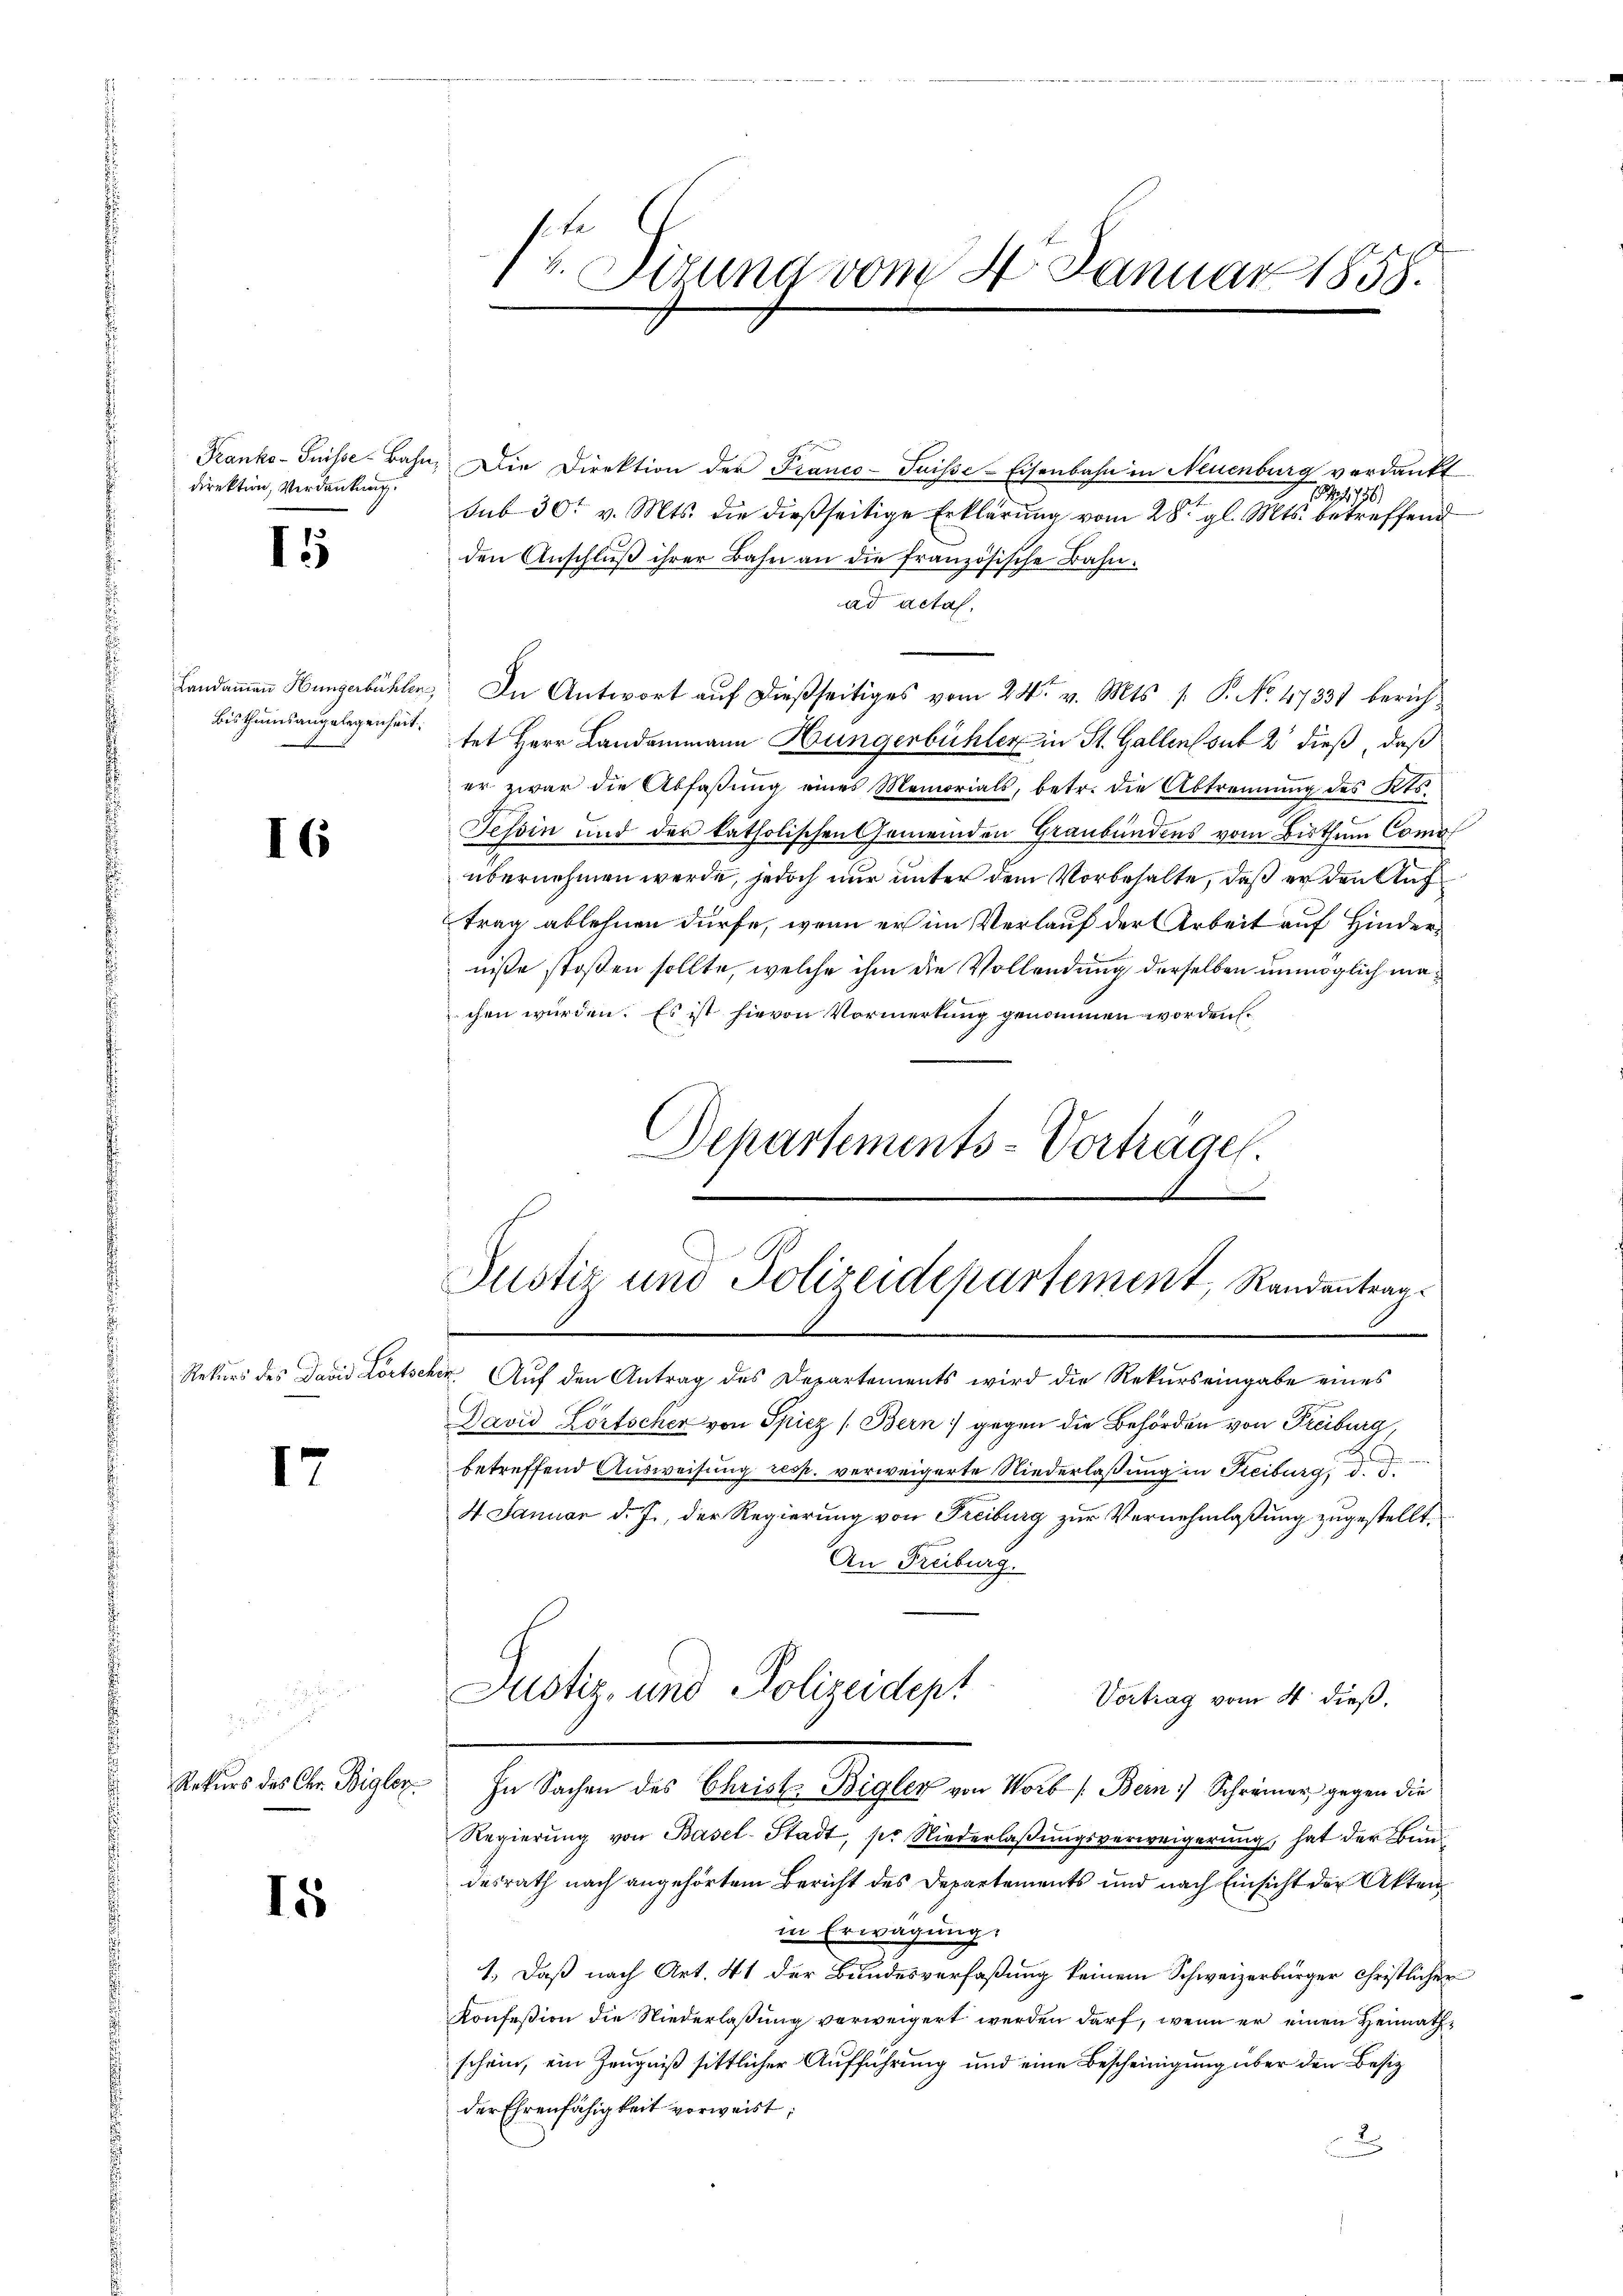
direktion, Verdankung.

I

Bisthumsangelegenheit.

I6

17

15

1 v. Sirung vom 4. Januar 1858.

Tranko-Suilse-Bahn, Die Direktion der Franco-Suisse-Eisenbahn in Neuenburg verdankt
15/11 156.
sub 30t v. Mts. die dießseitige Erklärung vom 28. gl. Mts. betreffend
den Anschlŭβ ihrer Bahn an die französische Bahn-
ad actas.
Landammann Hungerbühlen. In Antwort auf dießseitiges vom 24t v. Mts. 1. P. No. 47331 berichtet Herr Landammann Hungerbühler in St. Gallens sub 2 dieß, daß
er zwar die Abfaßung eines Memorials, betr. die Abtrennung des Kts.
Tessin und der katholischen Gemeinden Graubündens vom Bisthum Comol
übernehmen werde, jedoch nur unter dem Vorbehalte, daß er den Auf
trag ablehnen dürfe, wenn er im Verlauf der Arbeit auf Hinderniße stoßen sollte, welche ihm die Vollendung derselben unmöglich machen wurden. Es ist hievon Vormerkung genommen worden
Departements-Vorträge.
.

Justiz und Polizeidepartement, Randantrag
A

Justiz- und Polizeidept

Rekurs des David Fortscher. Auf den Antrag des Departements wird die Rekurs eingabe eines
David Lörtscher von Spiez (Bern gegen die Behörden von Freiburg,
betreffend Ausweisung resp. verweigerte Niederlaßung in Freiburg, d. d.
4 Januar d. J., der Regierung von Freiburg zur Vernehmlaßung zugestellt.
An Freiburg.
Vortrag vom 4. dieß.
Rekurs des Chr. Bigler. In Sachen des Christ Bigler von Worb (Bern Schreiner gegen die
Regierŭng von Basel-Stadt, per Niederlaβŭngsverweigerŭng hat der Bundesrath nach angehörtem Bericht des Departements und nach Einsicht der Akten
in Erwägung.
1.) Daß nach Art. 41 der Bundesverfaßung keinem Schweizerbürger Christlicher
Konfeßion die Niederlaßung verweigert werden darf, wenn er einen Heimathschein, ein Zeugniß sittlicher Aufführung und eine Bescheinigung über den Besiz
der Ehrenfähigkeit vorweist;
x